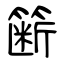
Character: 簖